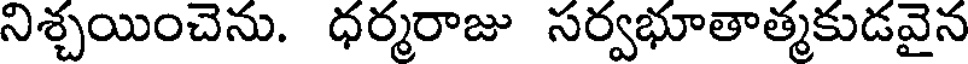
నిశ్చయించెను. ధర్మరాజు సర్వభూతాత్మకుడవైన